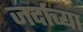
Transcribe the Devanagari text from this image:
जर्दाच्या